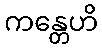
ကန္တေဟိ